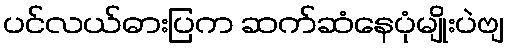
ပင်လယ်ဓားပြက ဆက်ဆံနေပုံမျိုးပဲဗျ